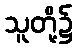
သူတို့၌